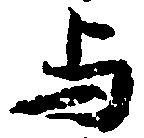
与